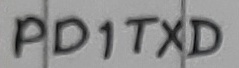
Text: PD1TXD